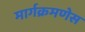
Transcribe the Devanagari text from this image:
मार्गक्रमणेस